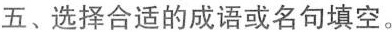
五、选择合适的成语或名句填空。